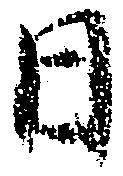
日